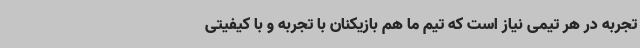
تجربه در هر تیمی نیاز است که تیم ما هم بازیکنان با تجربه و با کیفیتی